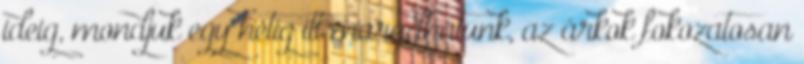
ideig, mondjuk egy hétig itt maradhatunk, az árkok fokozatosan